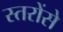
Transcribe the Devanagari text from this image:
स्तरोंसे